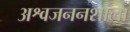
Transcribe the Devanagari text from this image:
अश्वजननशाला